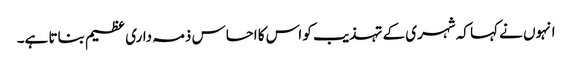
انہوں نے کہا کہ شہری کے تہذیب کو اس کا احساس ذمہ داری عظیم بناتا ہے۔